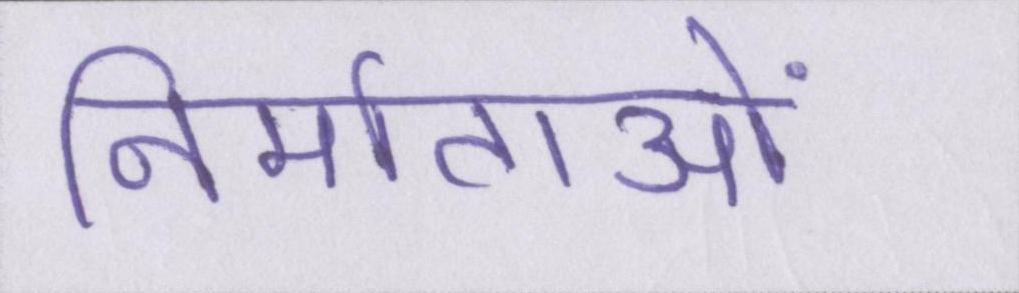
निर्माताओं